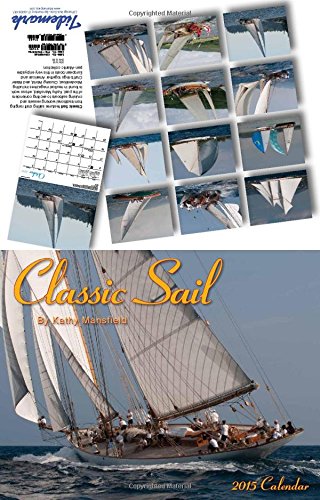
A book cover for Classic Sail 2015 Calendar; Kathy Mansfield; Calendars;